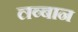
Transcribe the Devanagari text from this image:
लब्बान